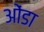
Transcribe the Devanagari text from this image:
ओंडा